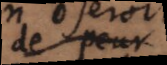
de peur